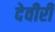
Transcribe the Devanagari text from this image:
देवीरी